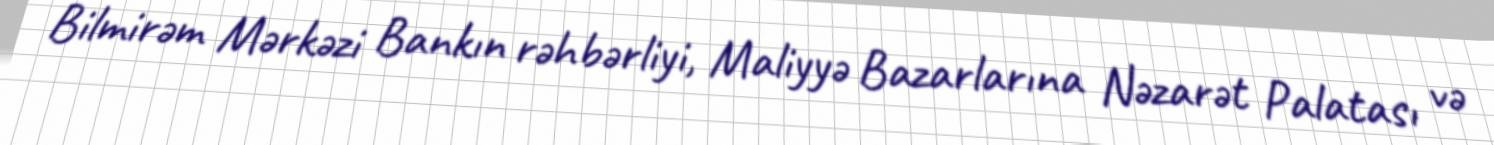
Bilmirəm Mərkəzi Bankın rəhbərliyi, Maliyyə Bazarlarına Nəzarət Palatası və